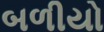
બળીયો